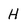
Character: H